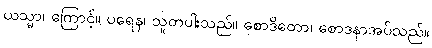
ယသ္မာ၊ ကြောင့်။ ပရေန၊ သူတပါးသည်။ စောဒိတော၊ စောဒနာအပ်သည်။